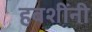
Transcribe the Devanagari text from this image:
हबशींनी